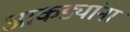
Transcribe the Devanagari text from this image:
आकड्यांना